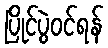
ပြိုင်ပွဲဝင်ရန်